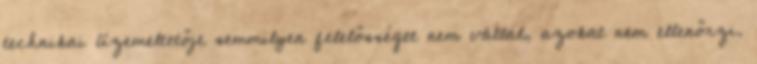
technikai üzemeltetője semmilyen felelősséget nem vállal, azokat nem ellenőrzi.